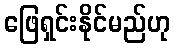
ဖြေရှင်းနိုင်မည်ဟု